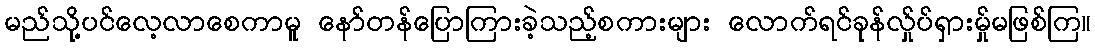
မည်သို့ပင်လေ့လာစေကာမူ နော်တန်ပြောကြားခဲ့သည့်စကားများ လောက်ရင်ခုန်လ်ှုပ်ရှားမ်ှုမဖြစ်ကြ။